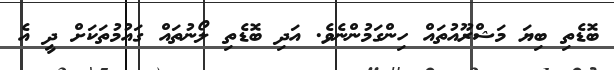
ބޮޑެތި ބިޔަ މަޝްރޫއުތައް ހިންގަމުންނެވެ. އަދި ބޮޑެތި ލޯނުތައް ގައުމުތަކަށް ދީ އެ